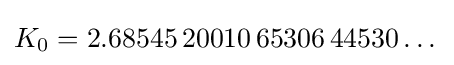
K_{0}=2.68545\,20010\,65306\,44530\dots